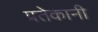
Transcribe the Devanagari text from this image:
प्रतेकानी